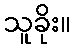
သူခိုး။